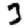
Digit: 3